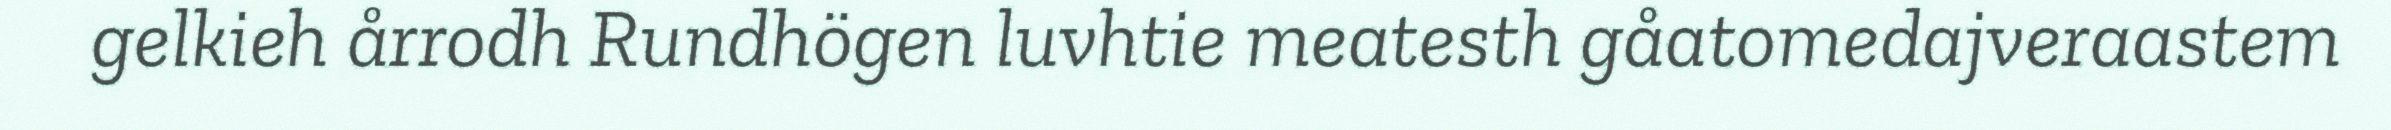
gelkieh årrodh Rundhögen luvhtie meatesth gåatomedajveraastem